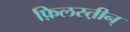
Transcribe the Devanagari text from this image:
फ़िलस्त़ीन्